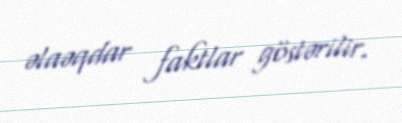
əlaəqdar faktlar göstərilir.